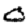
Digit: 0